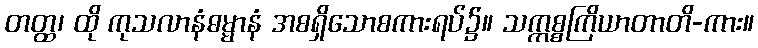
တတ္ထ၊ ထို ကုသလာနံဓမ္မာနံ အစရှိသောစကားရပ်၌။ သက္ကစ္စကြိယာတာတိ-ကား။